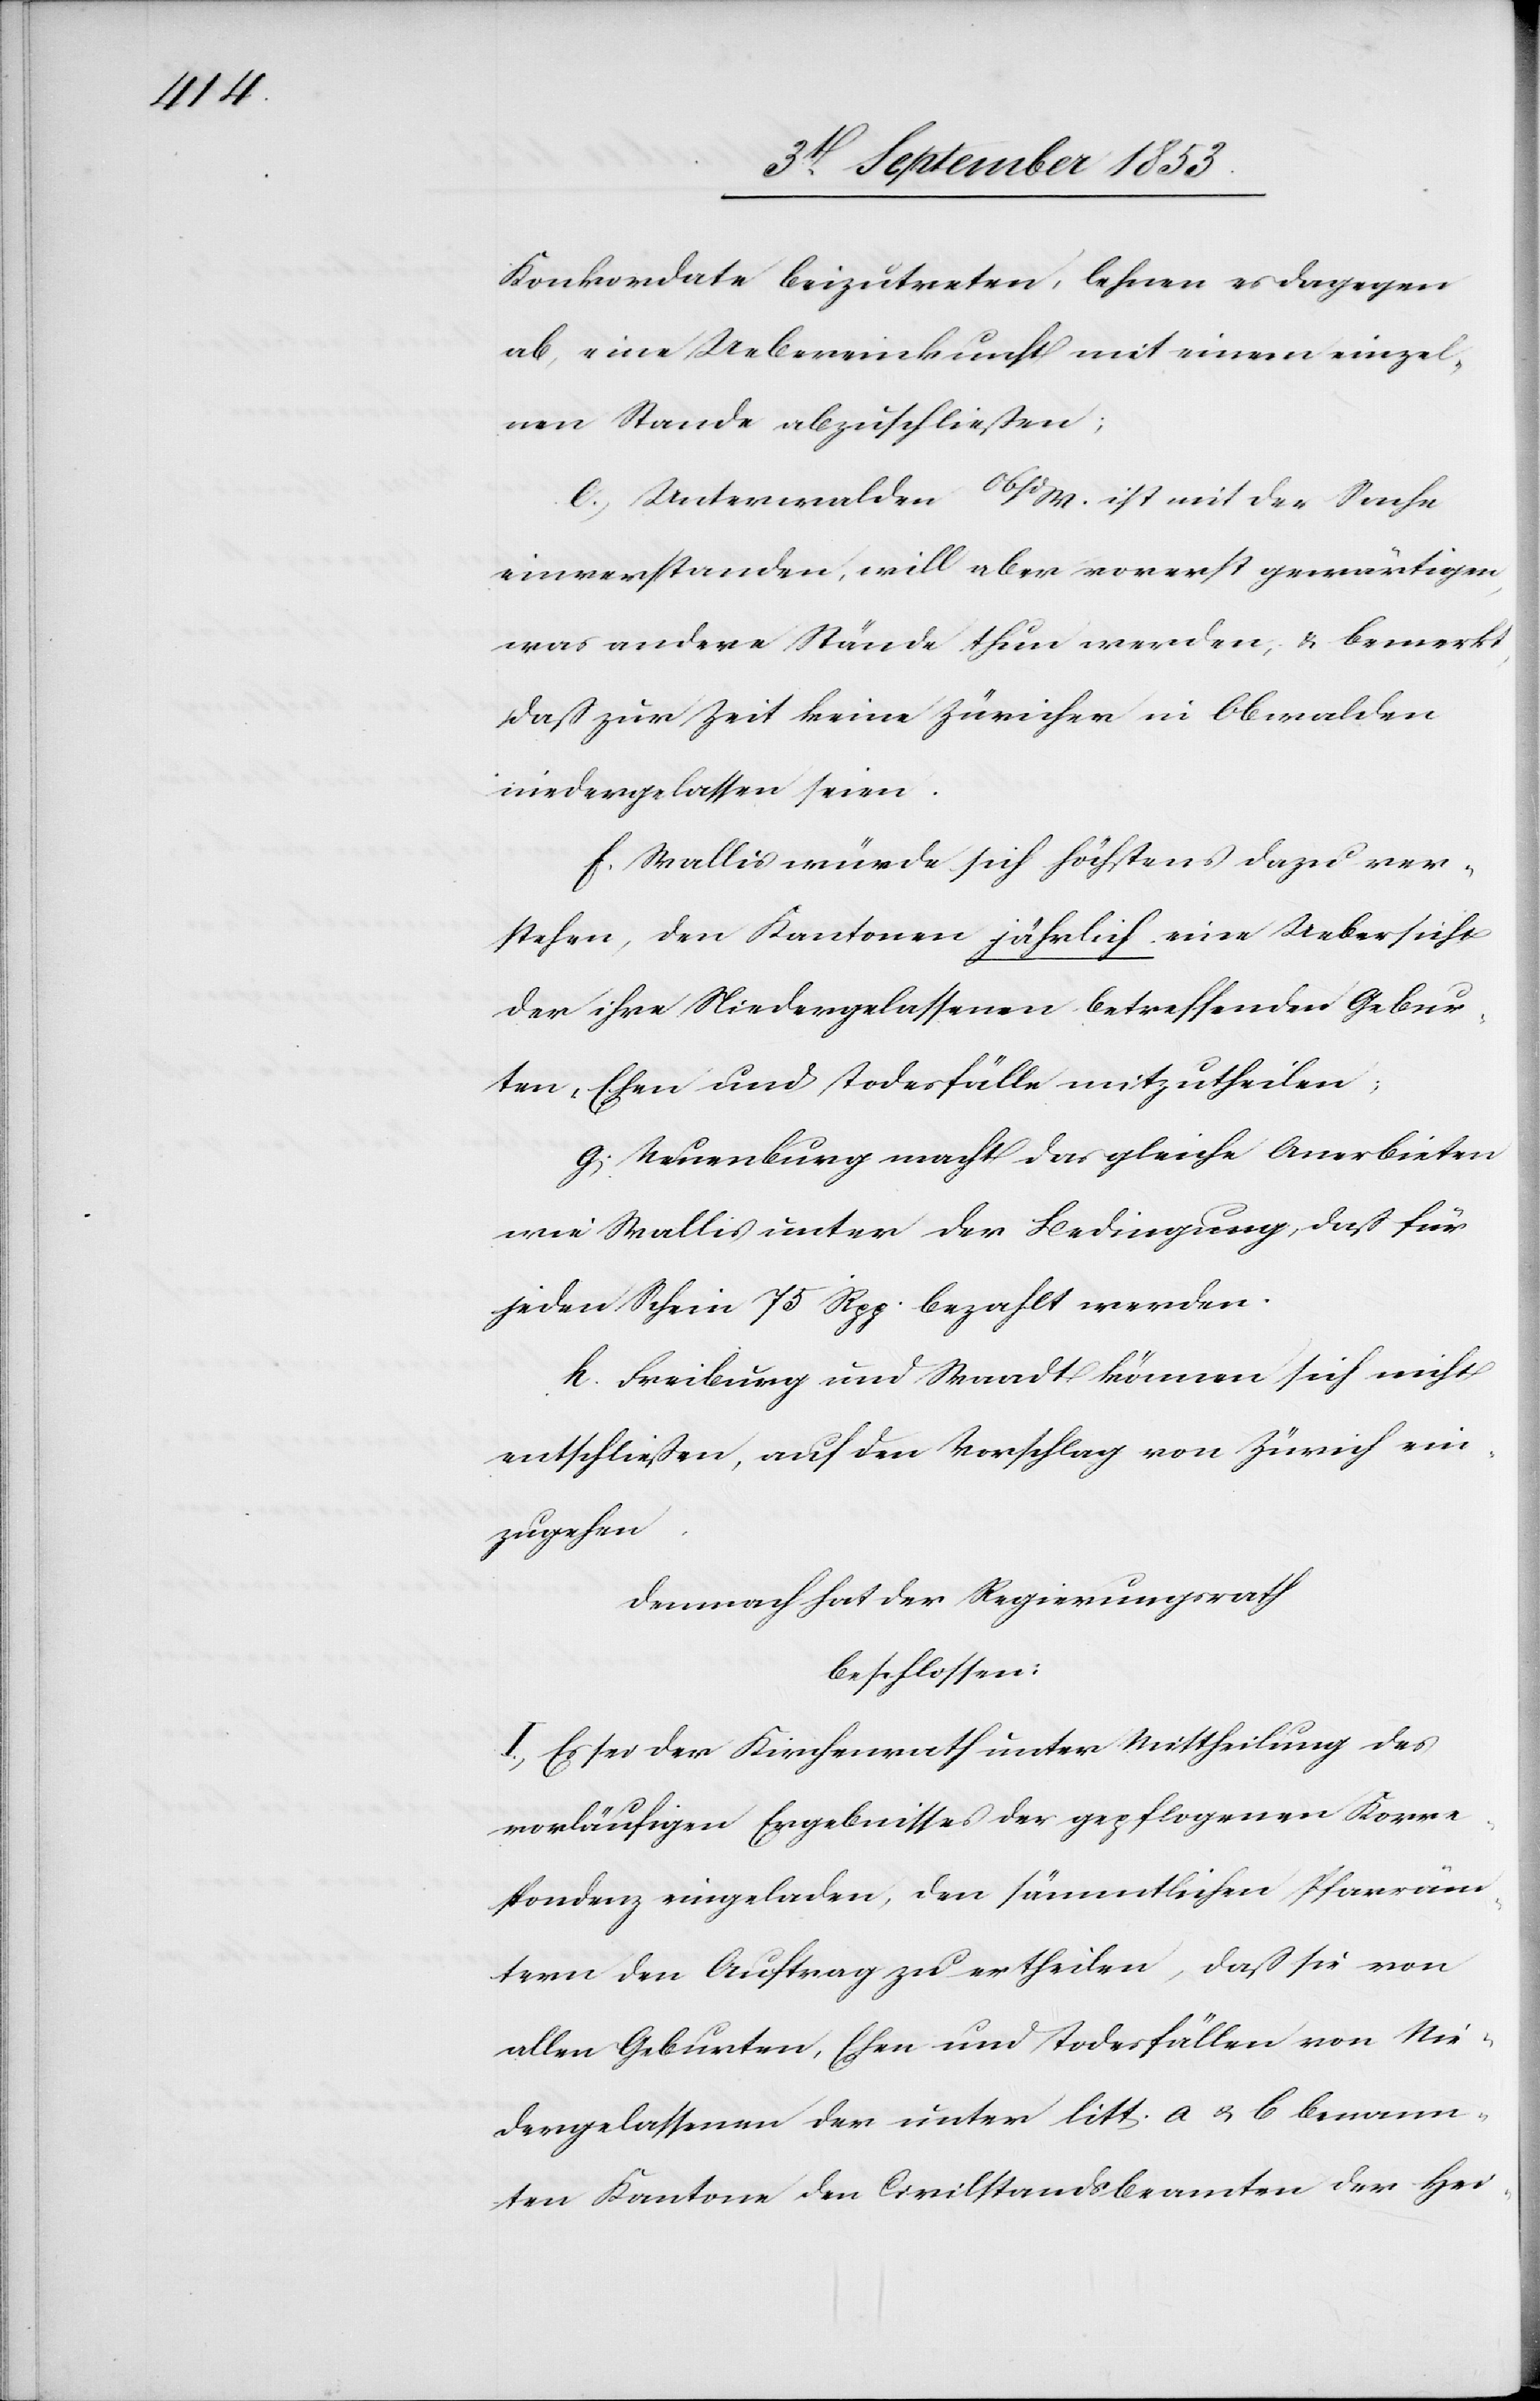
nen

Konkordate beizutreten, lehnen es dagegen
ab, eine Uebereinkunft mit einem einzel¬
vom Stande abzuschließen;
e. Unterwalden Ob/W. ist mit der Sache
einverstanden, will aber vorerst gewärtigen,
was andere Stände thun werden, u. bemerkt,
daß zur Zeit keine Züricher in Obwalden
niedergelassen seien.
f. Wallis würde sich höchstens dazu ver¬
stehen, den Kantonen jährlich eine Uebersicht
der ihre Niedergelassenen betreffenden Gebur¬
ten, Ehen und Todesfälle mitzutheilen;
g. Neuenburg macht das gleiche Anerbieten
wie Wallis unter der Bedingung, daß für
jeden Schein 75 Rpp. bezahlt werden.
h. Freiburg und Waadt können sich nicht
entschließen, auf den Vorschlag von Zürich ein¬
zugehen.
Demnach hat der Regierungsrath
beschlossen:
I. Es sei der Kirchenrath unter Mittheilung des
vorläufigen Ergebnisses der gepflogenen Korre¬
spondenz eingeladen, den sämmtlichen Pfarräm¬
tern den Auftrag zu ertheilen, daß sie von
allen Geburten, Ehen und Todesfällen von Nie¬
dergelassenen der unter litt. a. u. b genann¬
ten Kantone den Civilstandsbeamten der Hei-